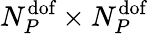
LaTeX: N_{{P}}^{\textrm{dof}}\times N_{{P}}^{\textrm{dof}}